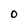
Character: O